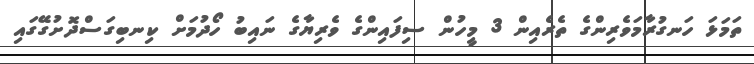
ތަމަޅަ ހަނގުރާމަވެރިންގެ ތެރެއިން 3 މީހުން ސިފައިންގެ ވެރިޔާގެ ނައިބު ހޯދުމަށް ކިނބިގަސްދޮށުގޭގައި